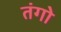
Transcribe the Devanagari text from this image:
तंगो